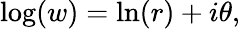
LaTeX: \log(w)=\ln(r)+i\theta,